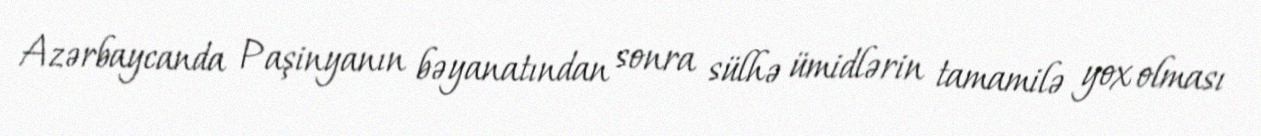
Azərbaycanda Paşinyanın bəyanatından sonra sülhə ümidlərin tamamilə yox olması